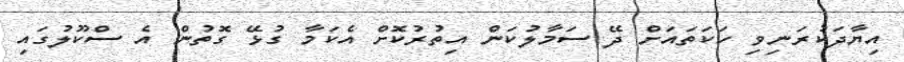
އިޔާދަކުރަނިވި ހަކަތައަށް ދޭ ސަމާލުކަން އިތުރުކޮށް އެކަމާ ގުޅޭ ގޮތުން އެ ސްކޫލުގައި